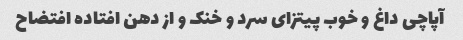
آپاچی داغ و خوب پیتزای سرد و خنک و از دهن افتاده افتضاح